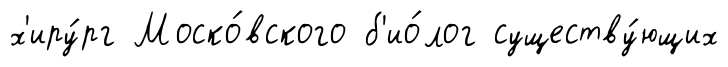
х'иру́рг Моско́вского б'ио́лог существу́ющих